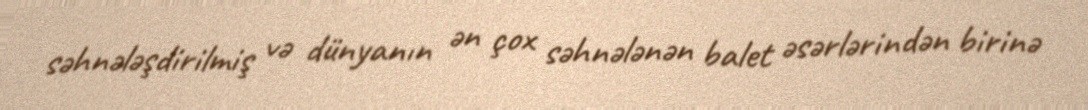
səhnələşdirilmiş və dünyanın ən çox səhnələnən balet əsərlərindən birinə